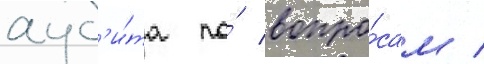
ауд'и́та по́ вопро́сам /